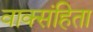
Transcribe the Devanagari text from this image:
वाक्संहिता